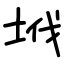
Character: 㘺